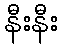
နီးနီး